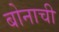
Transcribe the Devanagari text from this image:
बोनाची